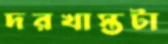
দরখাস্তটা